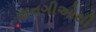
વાનગીઓથી